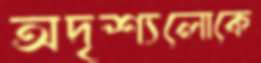
অদৃশ্যলোকে